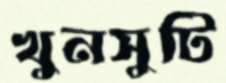
খুনসুটি